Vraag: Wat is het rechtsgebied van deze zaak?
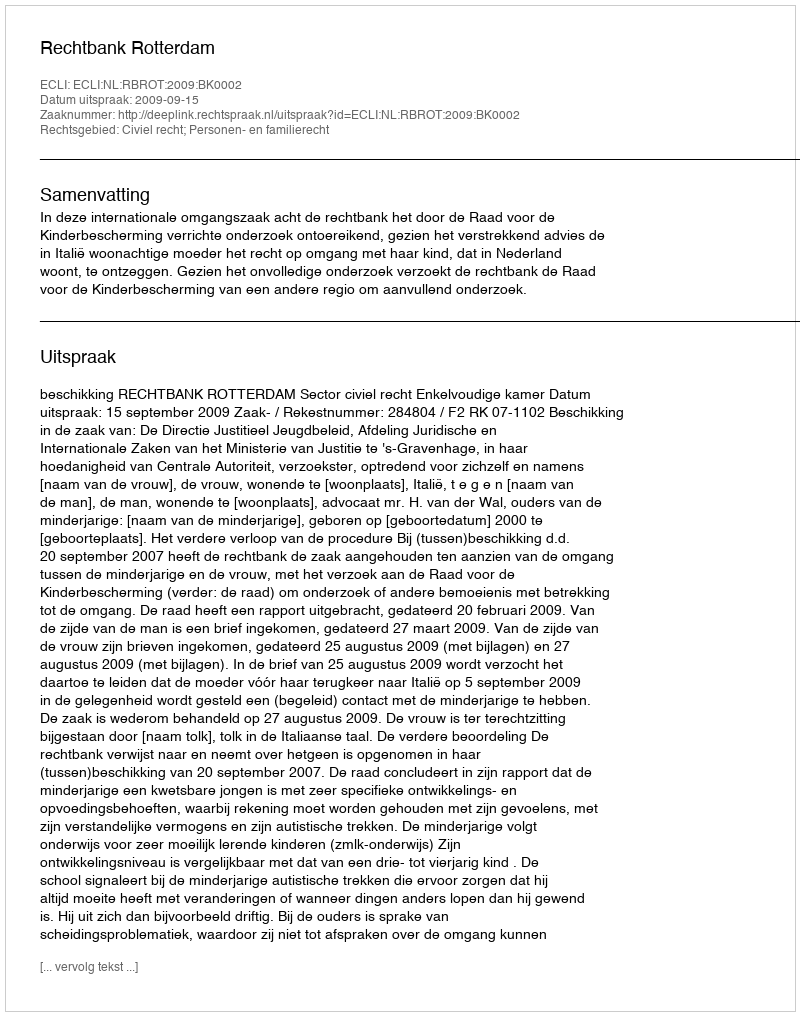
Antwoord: Civiel recht; Personen- en familierecht